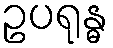
ဥပရုန္ဓ